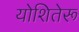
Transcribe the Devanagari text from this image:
योशितेरू